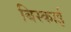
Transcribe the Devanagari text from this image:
बिस्काई